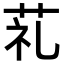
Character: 𦮲